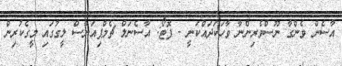
އާސެން ވެންގާ ނޫސްވެރިންނާ ވާހަކަދައްކަނީ - ފޮޓޯ: އާސެނަލް ޗެމްޕިއަންސް ލީގުގައި މީގެކުރިން